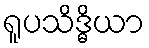
ရူပသိဒ္ဓိယာ